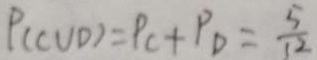
P ( C U D ) = P C + P _ { D } = \frac { 5 } { 1 2 }